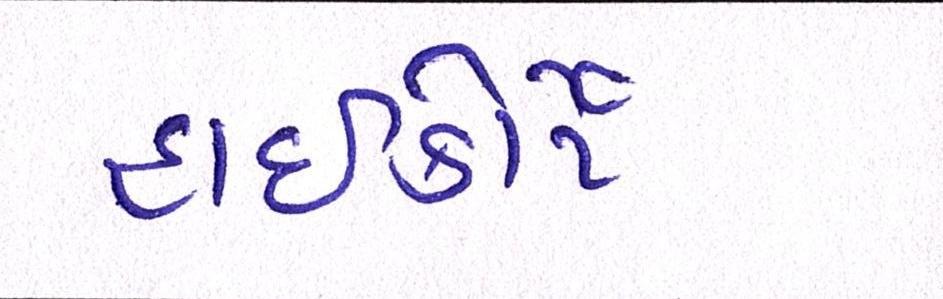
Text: હાઈકોર્ટે